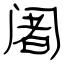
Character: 阇